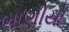
ભાણીયો